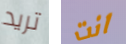
تريد انت